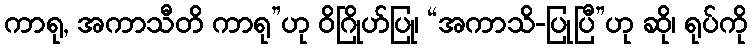
ကာရု, အကာသီတိ ကာရု”ဟု ဝိဂြိုဟ်ပြု၊ “အကာသိ-ပြုပြီ”ဟု ဆို၊ ရုပ်ကို